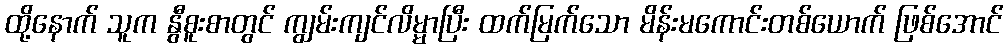
ထို့နောက် သူက နွီစူးစာတွင် ကျွမ်းကျင်လိမ္မာပြီး ထက်မြက်သော မိန်းမကောင်းတစ်ယောက် ဖြစ်အောင်